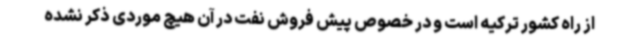
از راه کشور ترکیه است و در خصوص پیش فروش نفت در آن هیچ موردی ذکر نشده